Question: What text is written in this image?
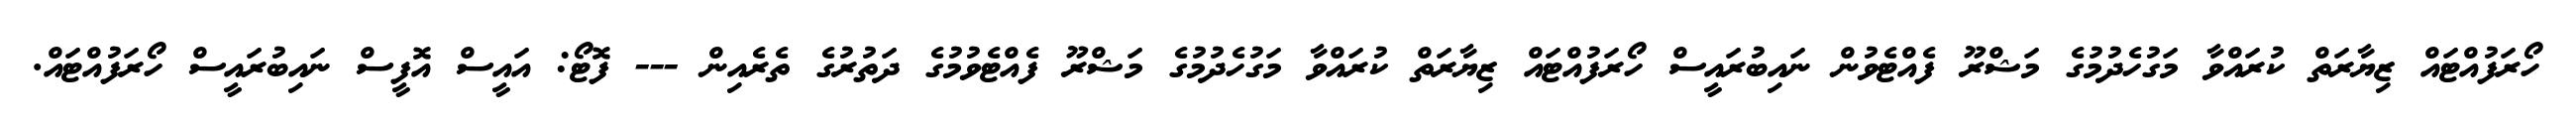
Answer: ހޯރަފުއްޓައް ޒިޔާރަތް ކުރައްވާ މަގުހެދުމުގެ މަޝްރޫ ފެއްޓެވުން ނައިބުރައީސް ހޯރަފުއްޓައް ޒިޔާރަތް ކުރައްވާ މަގުހެދުމުގެ މަޝްރޫ ފެއްޓެވުމުގެ ދަތުރުގެ ތެރެއިން --- ފޮޓޯ: އައީސް އޮފީސް ނައިބުރައީސް ހޯރަފުއްޓައް.